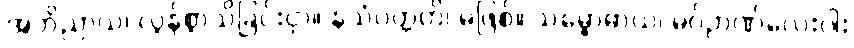
အဘိညာယ၊ လွန်စွာသိခြင်းငှာ။ နသံဝတ္တတိ၊ မဖြစ်။ သမ္ဗောဓာယ၊ မဂ်ဉာဏ်လေးပါး